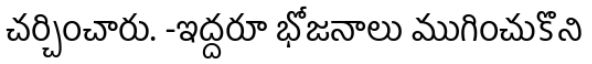
చర్చించారు. -ఇద్దరూ భోజనాలు ముగించుకొని